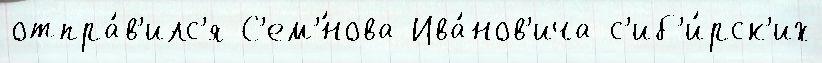
отпра́в'илс'я С'ем'́нова Ива́нов'ича с'иб'и́рск'их